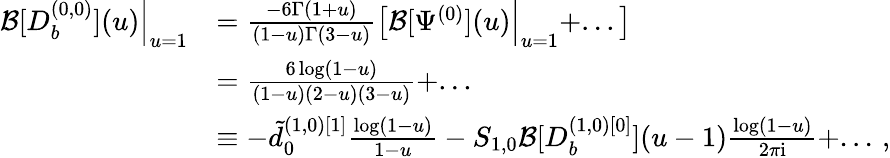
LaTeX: \begin{array}{rl}{\mathcal{B}[D_{b}^{(0,0)}](u)\Big|_{u=1}}&{=\frac{-6\Gamma(1+u)}{(1-u)\Gamma(3-u)}\left[\mathcal{B}[\Psi^{(0)}](u)\Big|_{u=1}+...\right]}\\ &{=\frac{6\log(1-u)}{(1-u)(2-u)(3-u)}+...}\\ &{\equiv-\tilde{d}_{0}^{(1,0)[1]}\frac{\log(1-u)}{1-u}-S_{1,0}\mathcal{B}[D_{b}^{(1,0)[0]}](u-1)\frac{\log(1-u)}{2\pi\mathrm{i}}+...\, ,}\end{array}